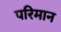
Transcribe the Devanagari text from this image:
परिमान